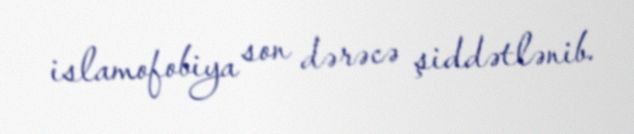
islamofobiya son dərəcə şiddətlənib.